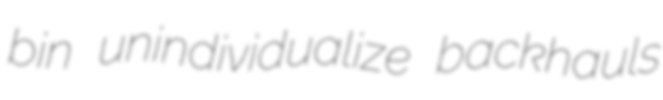
bin unindividualize backhauls